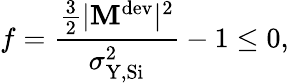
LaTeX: f=\frac{\frac{3}{2}|\mathbf{M}^{\mathrm{dev}}|^{2}}{\sigma_{\mathrm{Y,Si}}^{2}}-1\leq 0,